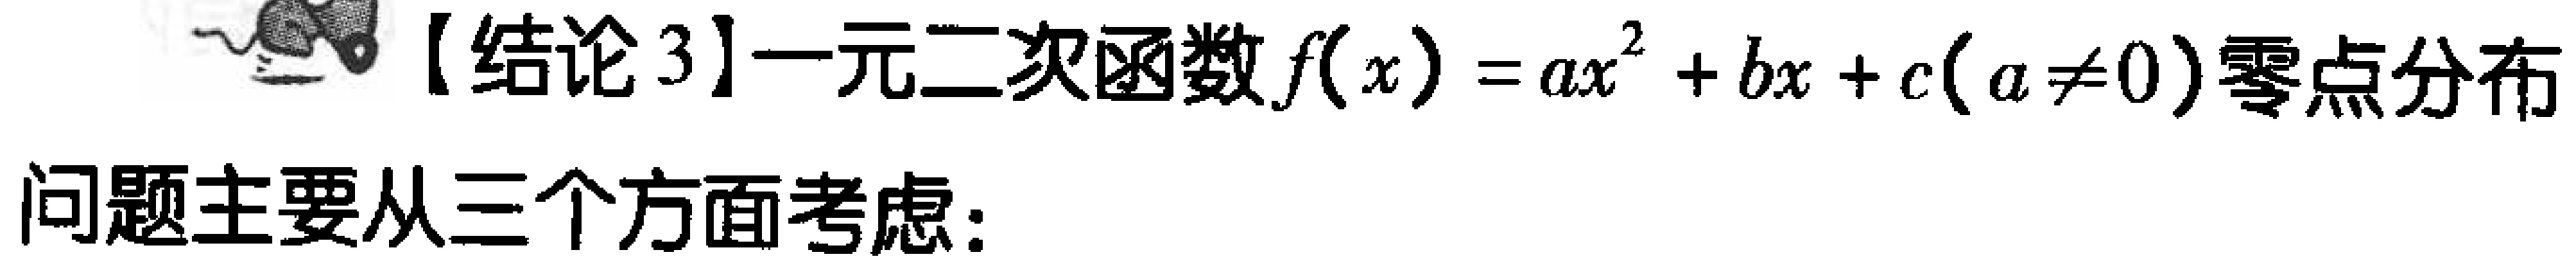
【结论3】一元二次函数\(f(x)=ax^{2}+bx + c(a\neq0)\)零点分布

问题主要从三个方面考虑：